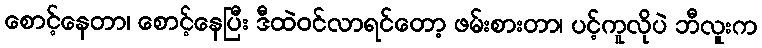
စောင့်နေတာ၊ စောင့်နေပြီး ဒီထဲဝင်လာရင်တော့ ဖမ်းစားတာ၊ ပင့်ကူလိုပဲ ဘီလူးက